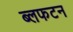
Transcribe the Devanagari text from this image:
ब्लफटन